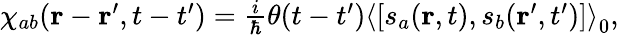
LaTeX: \begin{array}{r}{\chi_{ab}(\mathbf{r}-\mathbf{r}^{\prime},t-t^{\prime})=\frac{i}{\hbar}\theta(t-t^{\prime})\left<\left[s_{a}(\mathbf{r},t),s_{b}(\mathbf{r}^{\prime},t^{\prime})\right]\right>_{0},}\end{array}